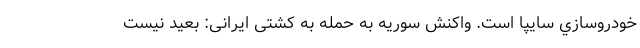
خودروسازي سايپا است. واکنش سوریه به حمله به کشتی ایرانی: بعید نیست